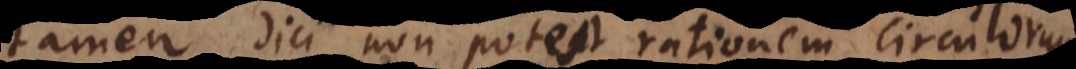
tamen dici non potest rationem circulorum